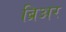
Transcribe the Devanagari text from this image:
ब्रिअर